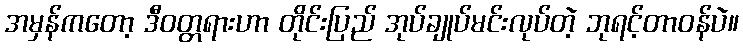
အမှန်ကတော့ ဒီဝတ္တရားဟာ တိုင်းပြည် အုပ်ချုပ်မင်းလုပ်တဲ့ ဘုရင့်တာဝန်ပဲ။